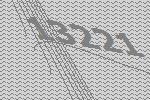
13221